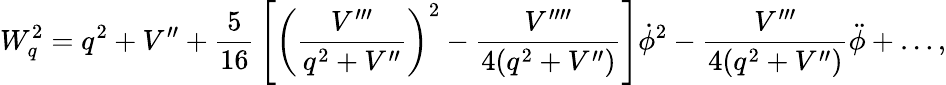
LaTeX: W_{q}^{2}=q^{2}+V^{\prime\prime}+{\frac{5}{16}}\left[\left({\frac{V^{\prime\prime\prime}}{q^{2}+V^{\prime\prime}}}\right)^{2}-{\frac{V^{\prime\prime\prime\prime}}{4(q^{2}+V^{\prime\prime})}}\right]\dot{\phi}^{2}-{\frac{V^{\prime\prime\prime}}{4(q^{2}+V^{\prime\prime})}}\ddot{\phi}+\ldots,